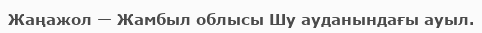
Жаңажол — Жамбыл облысы Шу ауданындағы ауыл.